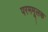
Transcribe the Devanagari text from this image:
परममूलक